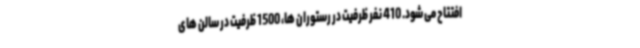
افتتاح می شود. 410 نفر ظرفیت در رستوران ها، 1500 ظرفیت در سالن های